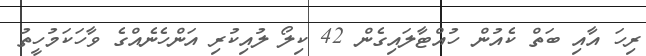
ރިހަ އާއި ބަތް ކެއުން ހުއްޓާލައިގެން 42 ކިލޯ ލުއިކުރި އަންހެނެއްގެ ވާހަކަމުހީތު